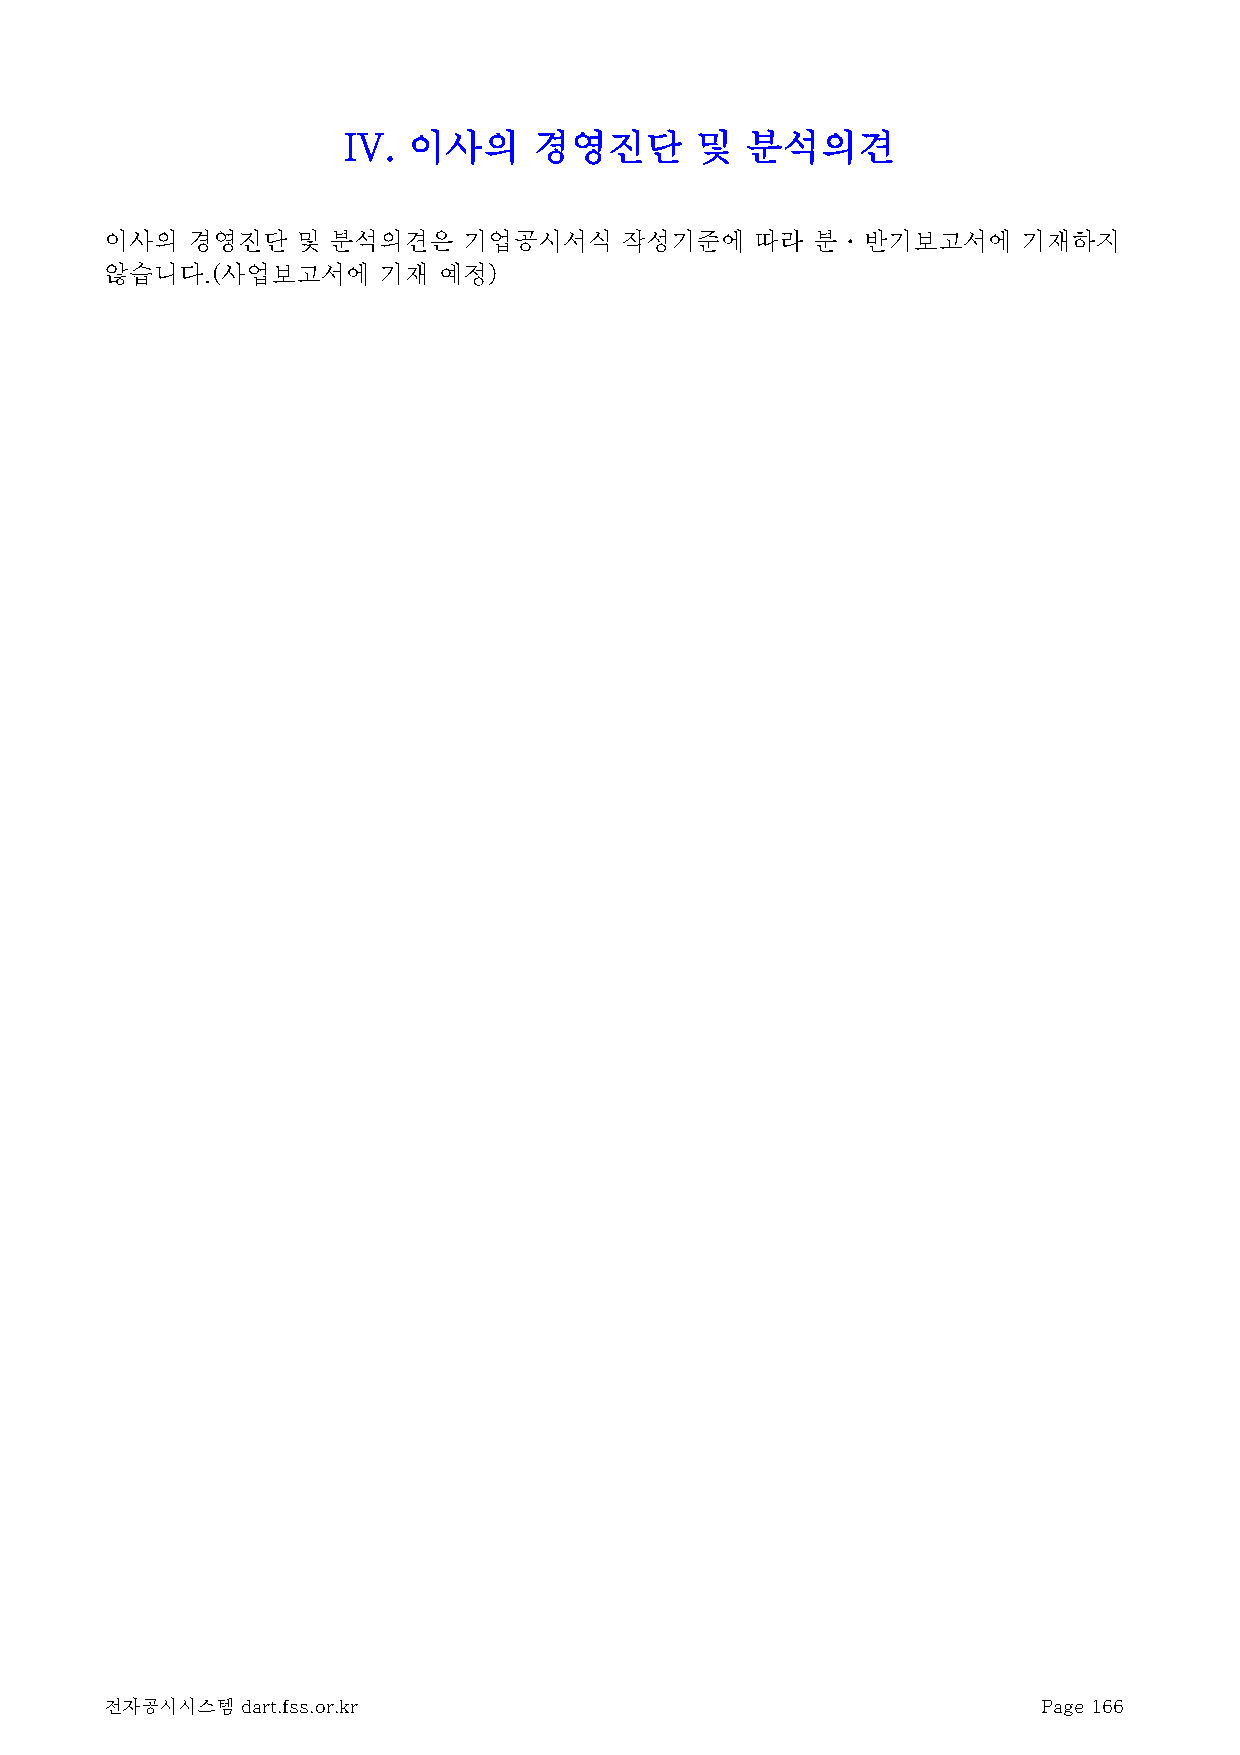
IV. 이사의     경영진단       및  분석의견
 이사의  경영진단    및 분석의견은    기업공시서식    작성기준에    따라  분ㆍ반기보고서에      기재하지
 않습니다.(사업보고서에      기재  예정)
 전자공시시스템  dart.fss.or.kr                                       Page 166